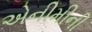
એનીમીની